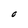
Character: O